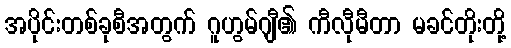
အပိုင်းတစ်ခုစီအတွက် ဂူဟွမ်ဂျီ၏ ကီလီုမီတာ မခင်တိုးတို့